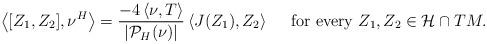
LaTeX: \begin{align*}\left\langle [Z_1,Z_2],\nu^H\right\rangle=\frac{-4\left\langle \nu , T\right\rangle}{|\mathcal{P}_H(\nu)|}\left\langle J(Z_1),Z_2\right\rangle\quad\mbox{ for every }Z_1,Z_2 \in \mathcal{H}\cap TM.\end{align*}